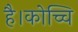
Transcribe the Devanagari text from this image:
है।कोच्चि